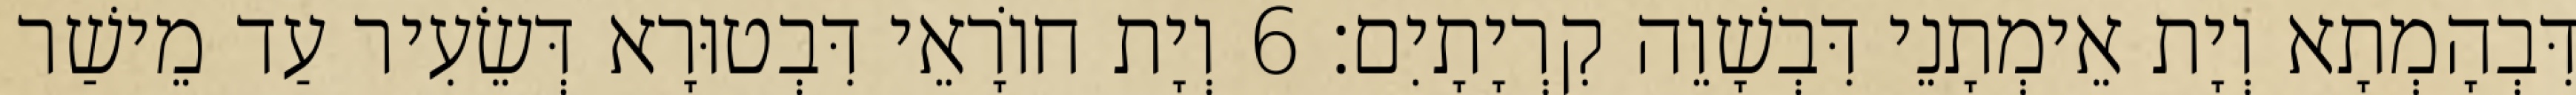
דִּבְהָמְתָא וְיָת אֵימְתָנֵי דִּבְשָׁוֵה קִרְיָתָיִם׃ 6 וְיָת חוֹרָאֵי דִּבְטוּרָא דְּשֵׂעִיר עַד מֵישַׁר